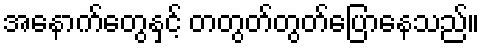
အနောက်တွေနှင့် တတွတ်တွတ်ပြောနေသည်။